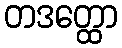
တဒတ္ထော